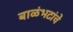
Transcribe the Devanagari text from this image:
बाळंभटांचे